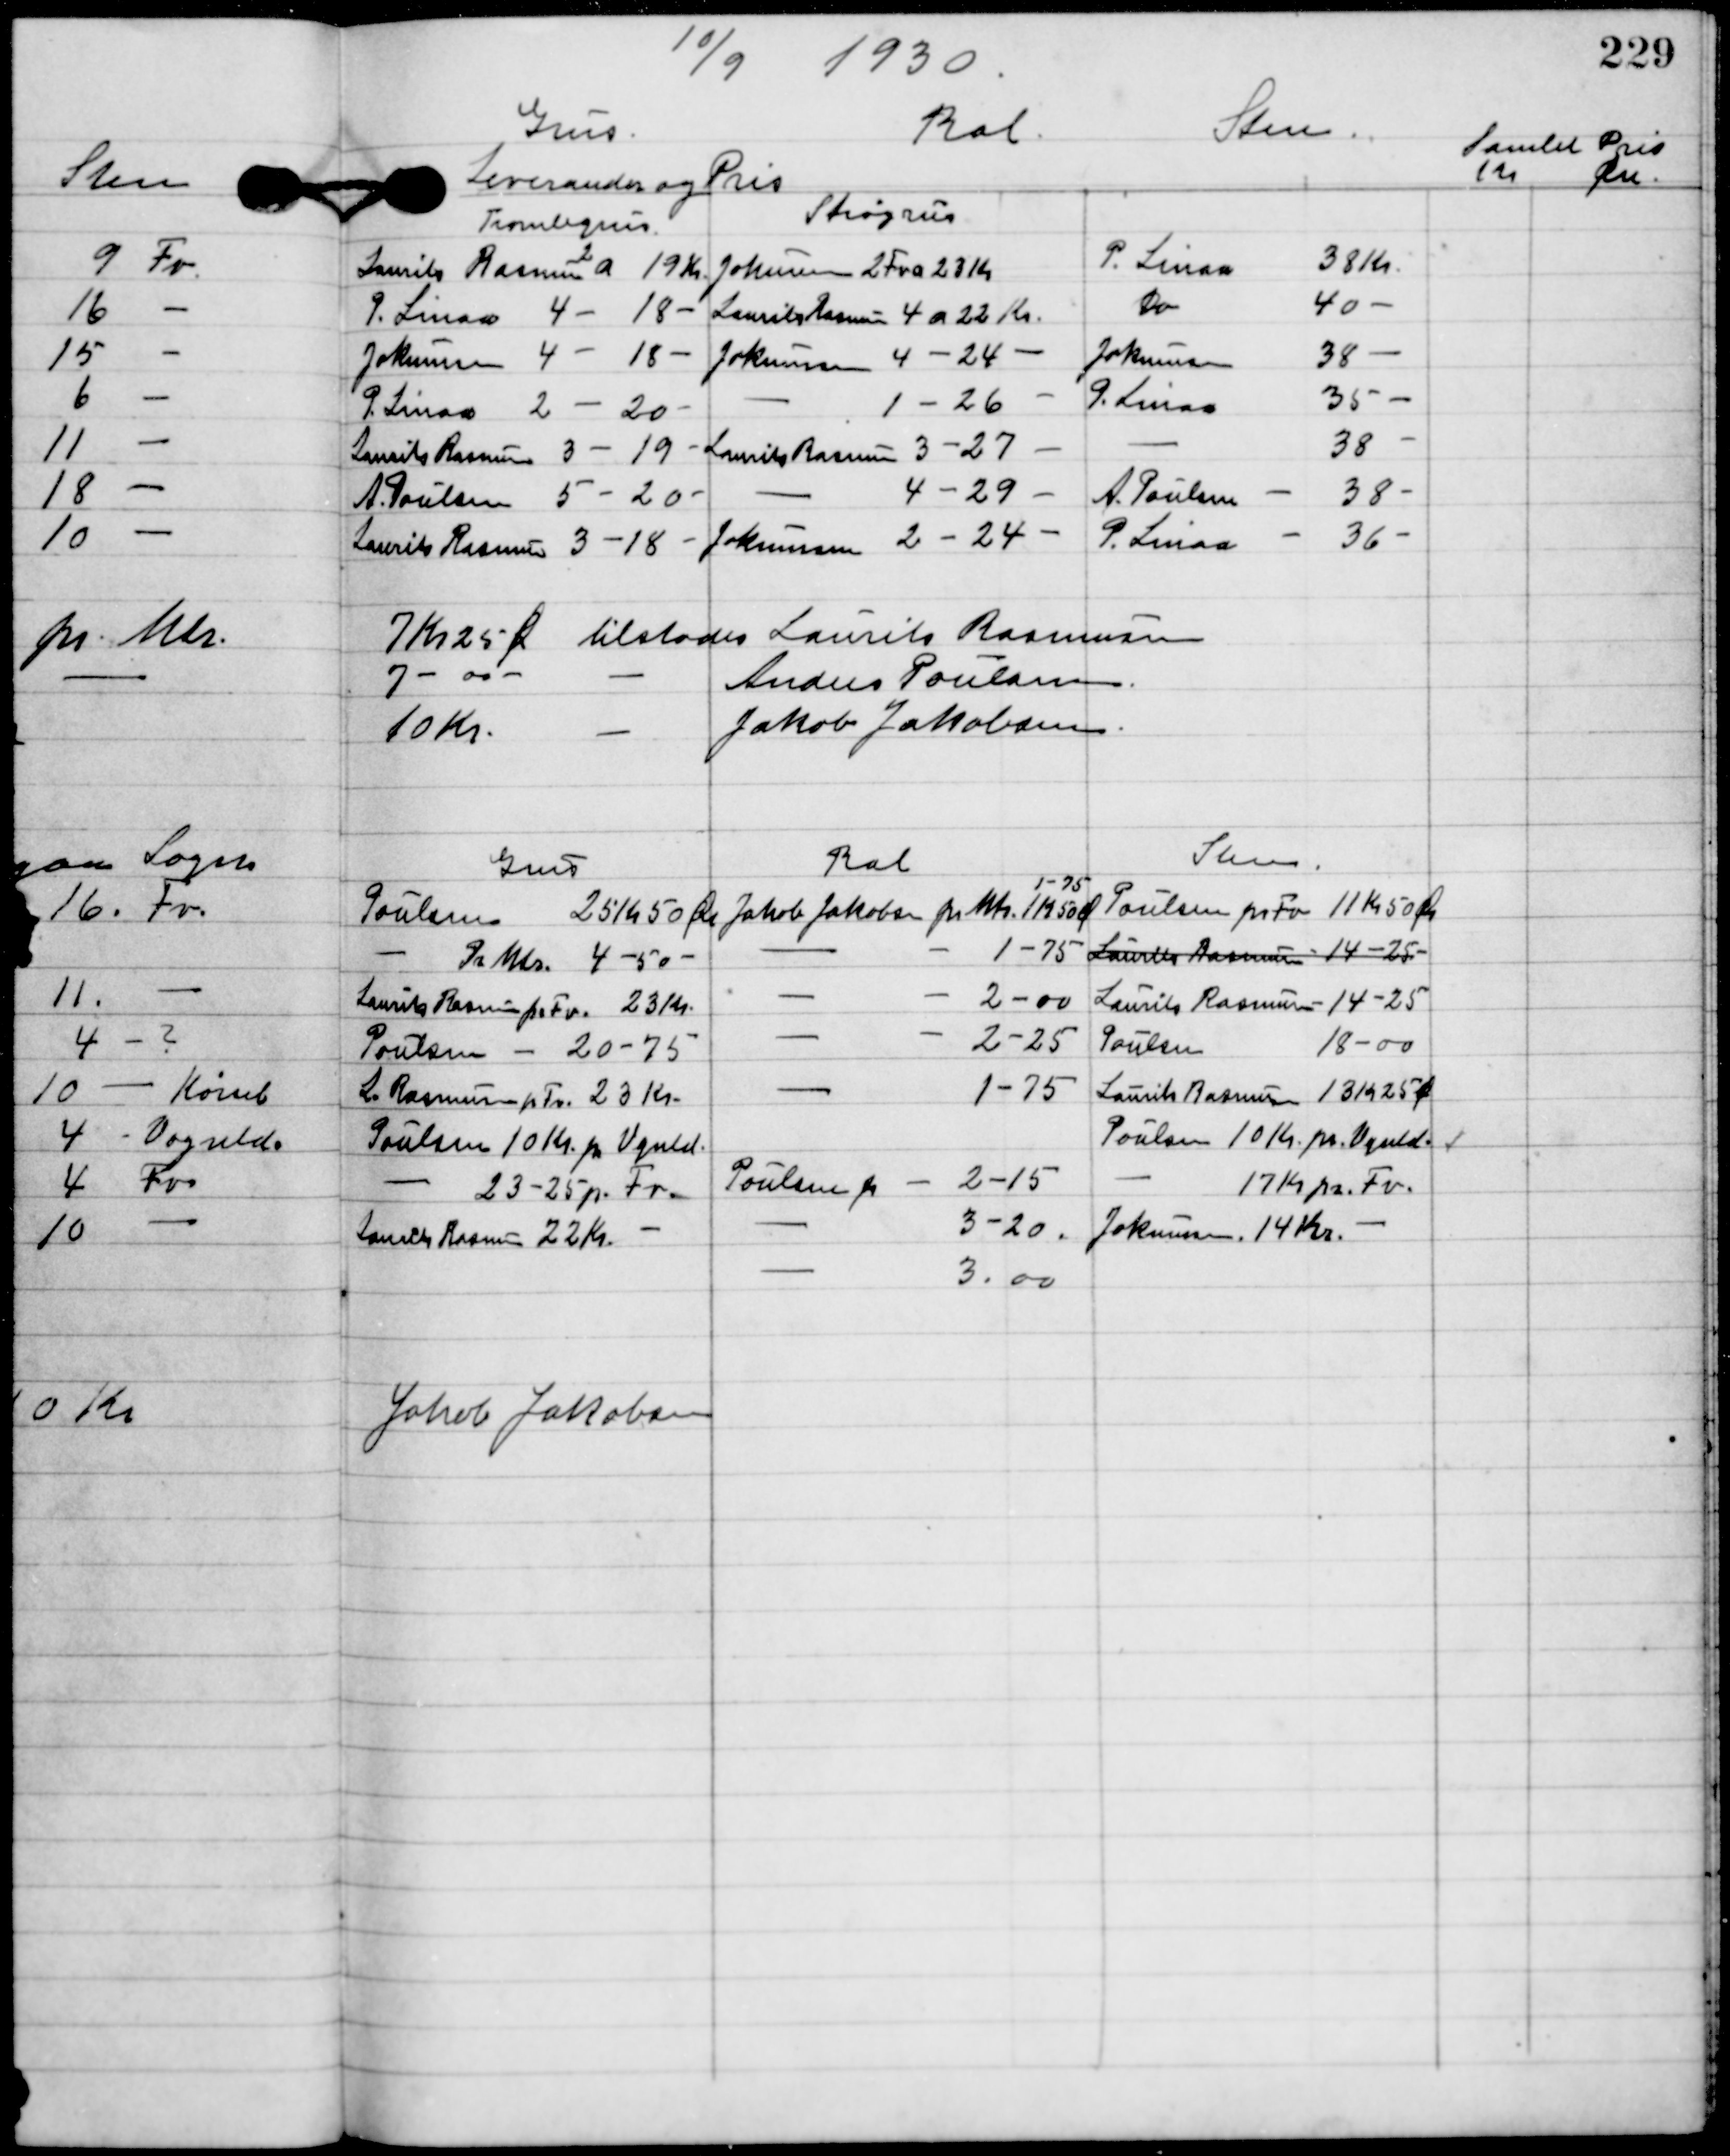
Transskription:
10/9 1930.

7 Kr. 25 Øre tilstodes Laurits Rasmussen.
7 - 00 -	Anders Poulsen
10 kr.	-	Jakob Jakobsen

Jakob Jakobsen